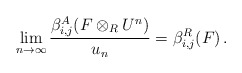
\begin{align*}\lim_{n \to \infty} \frac{\beta_{i,j}^A(F\otimes_R U^n)}{u_n} = \beta_{i,j}^R(F)\,.\end{align*}